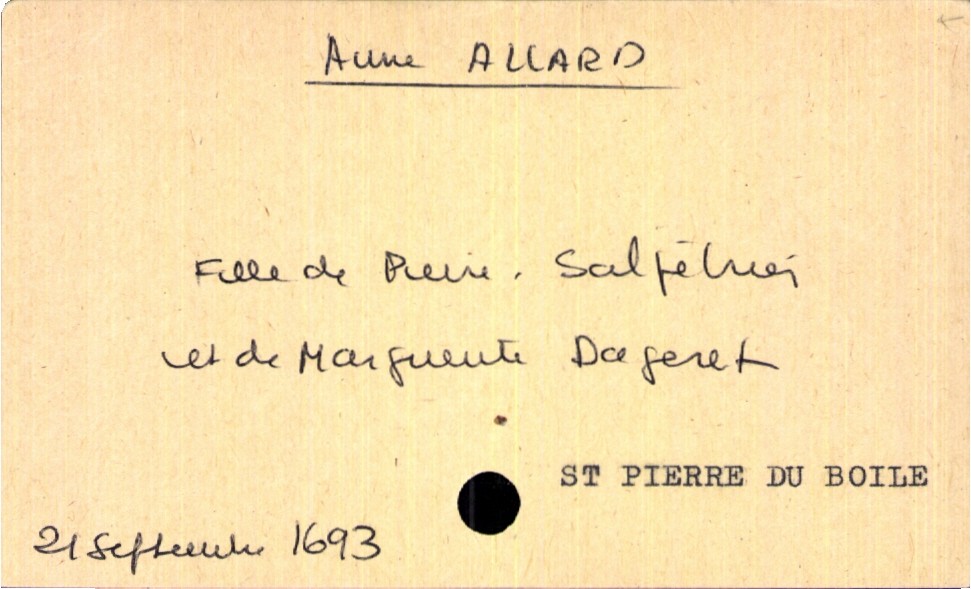
type_acte: Baptême
filiation: fille
enfant_prénom: Anne
enfant_date_de_naissance: 21 septembre 1693
enfant_lieu_de_naissance: Saint Pierre du Boile
père_enfant_nom: Allard
père_enfant_prénom: Pierre
père_enfant_profession: salpètrier
mère_enfant_nom: Dageret
mère_enfant_prénom: Marguerite